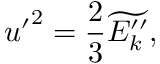
{ u ^ { \prime } } ^ { 2 } = \frac { 2 } { 3 } \widetilde { E _ { k } ^ { \prime \prime } } ,